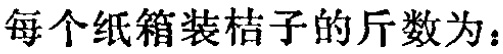
每个纸箱装桔子的斤数为：